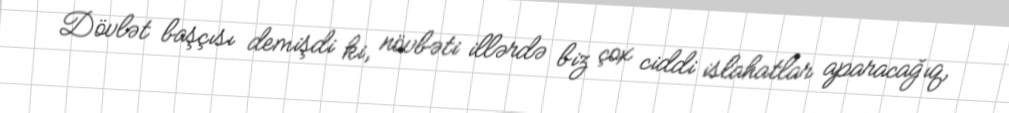
Dövlət başçısı demişdi ki, növbəti illərdə biz çox ciddi islahatlar aparacağıq,